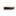
-